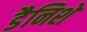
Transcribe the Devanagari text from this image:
डैनिशे